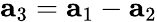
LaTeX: {\mathbf a}_{3}={\mathbf a}_{1}-{\mathbf a}_{2}